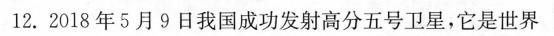
12.2018年5月9日我国成功发射高分五号卫星，它是世界